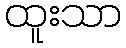
ထူးသာ